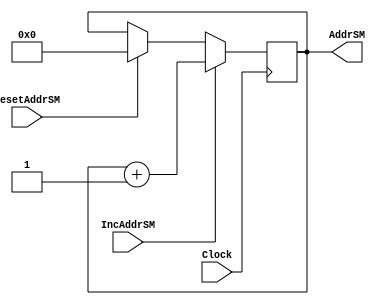

module addrSMcounter(IncAddrSM,ResetAddrSM,Clock,AddrSM);

input IncAddrSM,ResetAddrSM,Clock;

output [6:0] AddrSM;
reg [6:0] AddrSM=0;

always @(posedge Clock)
begin
if (IncAddrSM==1)
	AddrSM <= AddrSM + 1;
else if (ResetAddrSM==1)
	AddrSM<= 0;
end
endmodule